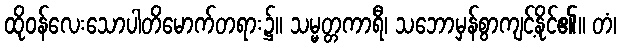
ထိုဝန်လေးသောပါတိမောက်တရား၌။ သမ္မတ္တကာရီ၊ သဘောမှန်စွာကျင့်နိုင်၏။ တံ၊